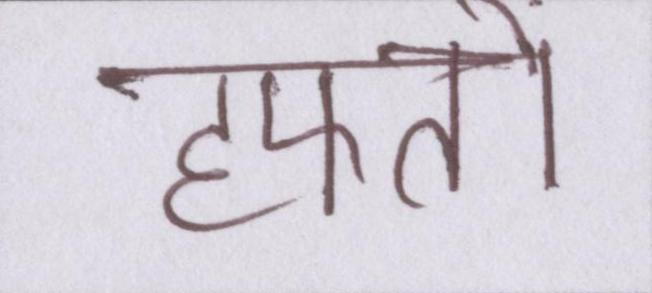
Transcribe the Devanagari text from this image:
हफ्तों